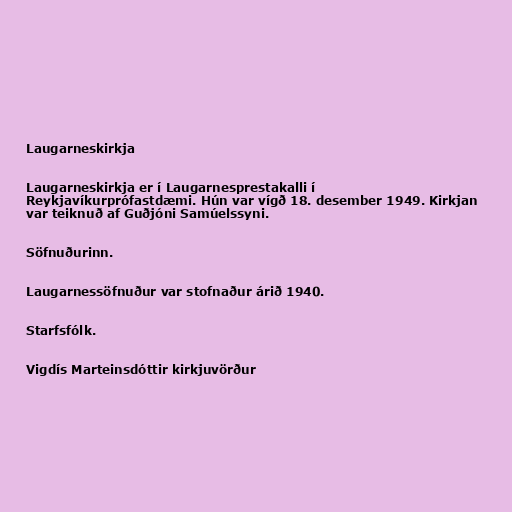
Laugarneskirkja

Laugarneskirkja er í Laugarnesprestakalli í
Reykjavíkurprófastdæmi. Hún var vígð 18. desember 1949. Kirkjan
var teiknuð af Guðjóni Samúelssyni.

Söfnuðurinn.

Laugarnessöfnuður var stofnaður árið 1940.

Starfsfólk.

Vigdís Marteinsdóttir kirkjuvörður